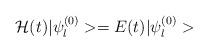
LaTeX: \begin{align*}{\cal H}(t)|\psi_{l}^{(0)}>=E(t)|\psi_{l}^{(0)}>\end{align*}